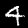
Digit: 4